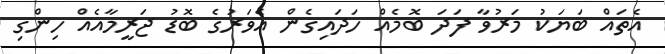
އެތައް ބަޔަކު މަރުވާ ފަދަ ބޮމެއް ހަދައިގެން އެވަރުގެ ބޮޑު ޖަރީމާއެއް ހިންގި